Document type: Enfranchisement
Year: 1297
Scribe: Jaume de Trilla
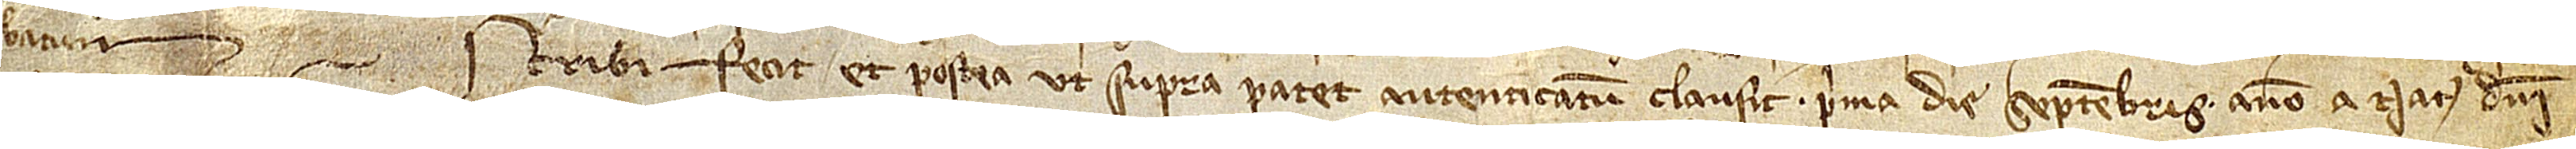
batum scribi fecit et postea, ut supra patet, autenticatum clausit prima die septembris, anno a Nativitate Domini